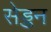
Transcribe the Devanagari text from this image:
सेड्डन